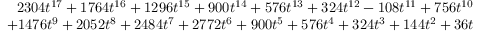
\begin{array} { r l r } & { } & { 2 3 0 4 t ^ { 1 7 } + 1 7 6 4 t ^ { 1 6 } + 1 2 9 6 t ^ { 1 5 } + 9 0 0 t ^ { 1 4 } + 5 7 6 t ^ { 1 3 } + 3 2 4 t ^ { 1 2 } - 1 0 8 t ^ { 1 1 } + 7 5 6 t ^ { 1 0 } } \\ & { } & { + 1 4 7 6 t ^ { 9 } + 2 0 5 2 t ^ { 8 } + 2 4 8 4 t ^ { 7 } + 2 7 7 2 t ^ { 6 } + 9 0 0 t ^ { 5 } + 5 7 6 t ^ { 4 } + 3 2 4 t ^ { 3 } + 1 4 4 t ^ { 2 } + 3 6 t } \end{array}